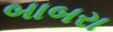
બાબરા